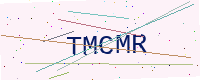
Text: TMCMR